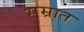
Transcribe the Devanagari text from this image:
सम्रात